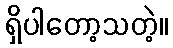
ရှိပါတော့သတဲ့။